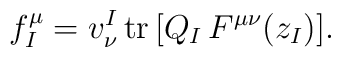
f^\mu_I=v_\nu^I\,{\rm tr}\,\bigl[Q_I\, F^{\mu\nu}(z_I)\bigr].